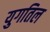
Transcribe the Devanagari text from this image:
युगतिल